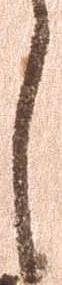
し